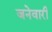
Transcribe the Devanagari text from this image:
जनेवारी